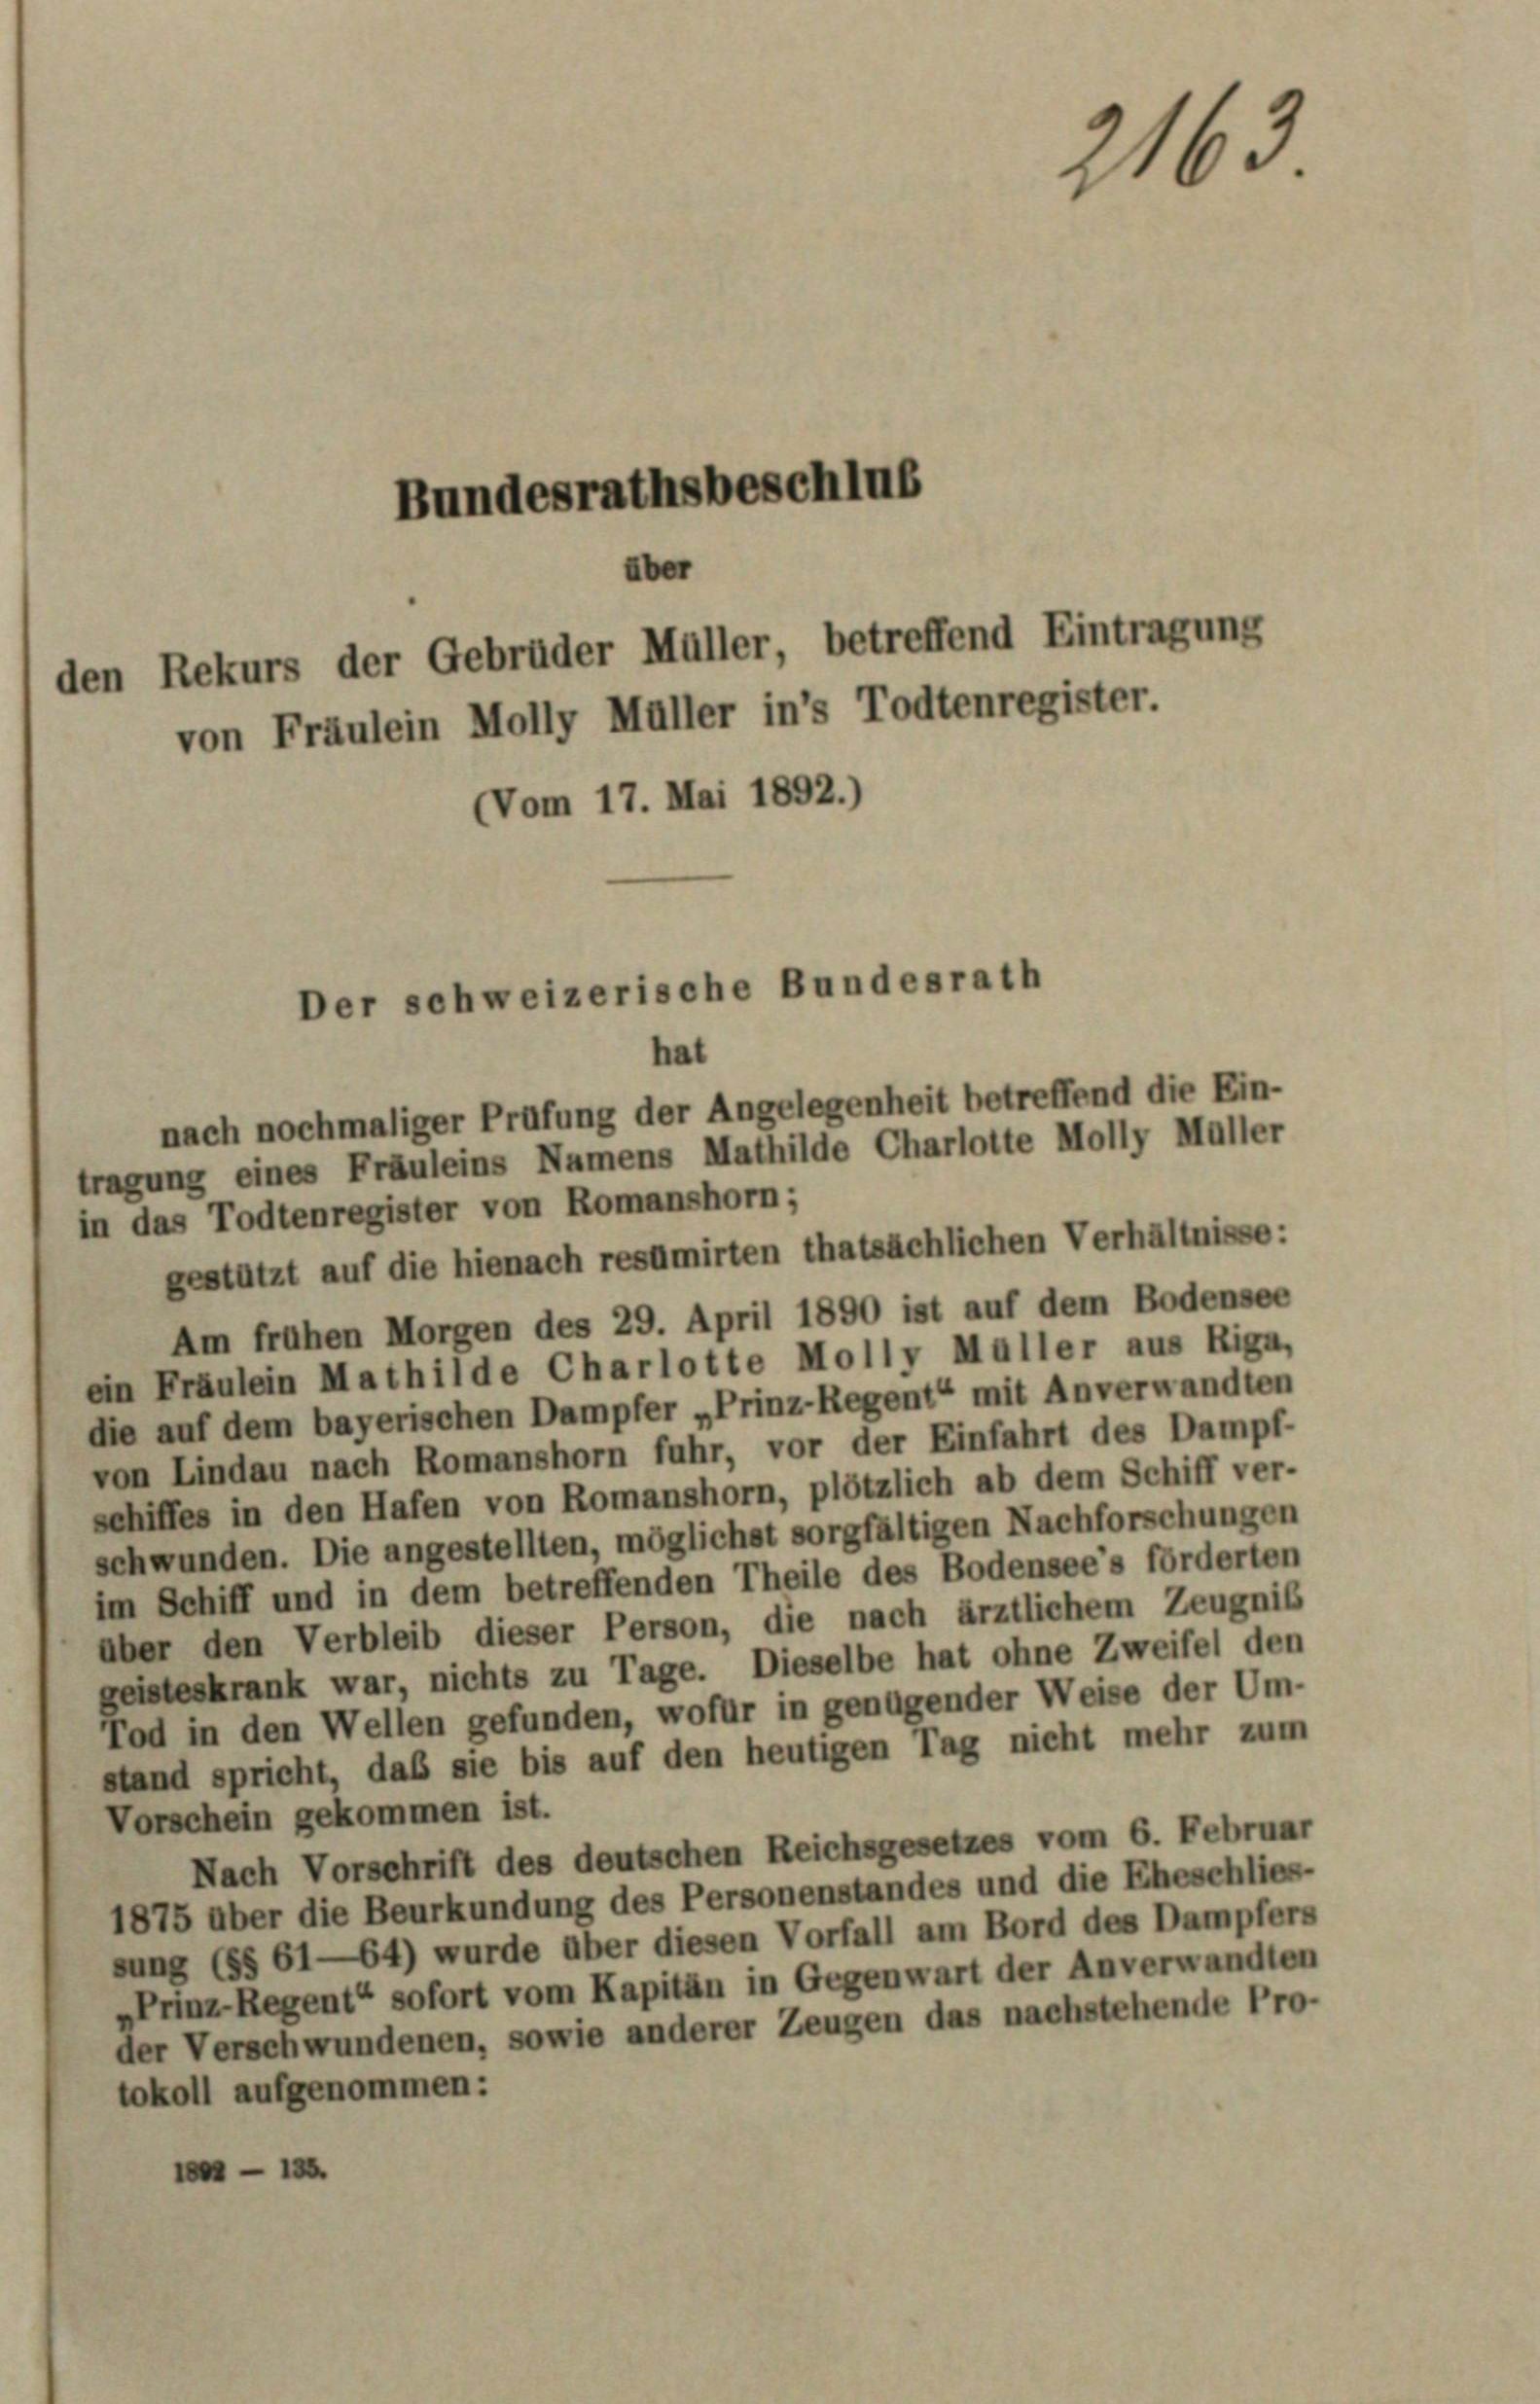
Bundesrathsbeschlus
über
den Rekurs der Gebrüder Müller, betreffend Eintragung
von Fräulein Molly Müller in’s Todtenregister.
Vom 17. Mai 1892.)

Der schweizerische Bundesrath
hat

2163

nach nochmaliger Prüfung der Angelegenheit betreffend die Ein-
tragung eines Fräuleins Namens Mathilde Charlotte Molly Müller
in das Todtenregister von Romanshorn;
gestützt auf die hienach resümirten thatsächlichen Verhältnisse:
Am frühen Morgen des 29. April 1890 ist auf dem Bodensee
ein Fräulein Mathilde Charlotte Molly Müller aus Riga,
die auf dem bayerischen Dampfer „Prinz-Regent“ mit Anverwandten
von Lindau nach Romanshorn fuhr, vor der Einfahrt des Dampf-
schiffes in den Hafen von Romanshorn, plötzlich ab dem Schiff ver-
schwunden. Die angestellten, möglichst sorgfältigen Nachforschungen
im Schiff und in dem betreffenden Theile des Bodensee’s förderten
über den Verbleib dieser Person, die nach ärztlichem Zeugniß
geisteskrank war, nichts zu Tage. Dieselbe hat ohne Zweifel den
Tod in den Wellen gefunden, wofür in genügender Weise der Um-
stand spricht, daß sie bis auf den heutigen Tag nicht mehr zum
Vorschein gekommen ist.
Nach Vorschrift des deutschen Reichsgesetzes vom 6. Februar
1875 aber die Beurkundung des Personenstandes und die Eheschlies-
sung (§§ 61—64) wurde über diesen Vorfall am Bord des Dampfers
»Prinz-Regent“ sofort vom Kapitän in Gegenwart der Anverwandten
der Verschwundenen, sowie anderer Zeugen das nachstehende Pro-
tokoll aufgenommen:
—